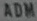
ADM